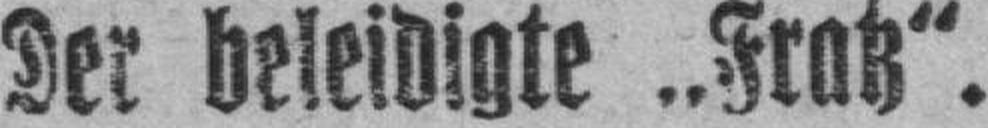
Der beleidigte „Fratz“.